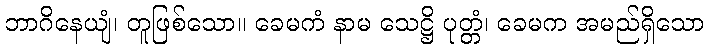
ဘာဂိနေယျံ၊ တူဖြစ်သော။ ခေမကံ နာမ သေဋ္ဌိ ပုတ္တံ၊ ခေမက အမည်ရှိသော